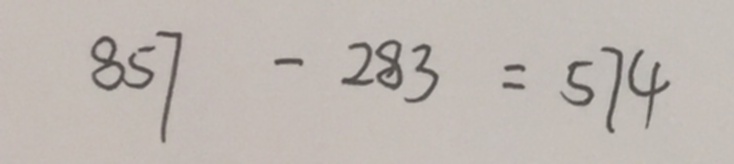
8 5 7 - 2 8 3 = 5 7 4